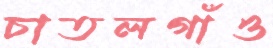
চাতলগাঁও